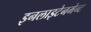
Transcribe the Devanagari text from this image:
इनलाइटेनमेन्ट